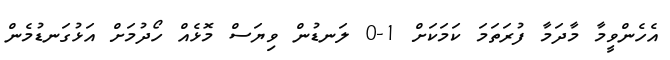
އެހެންވީމާ މާދަމާ ފުރަތަމަ ކަމަކަށް 1-0 ލަނޑުން ވިޔަސް މޮޅެއް ހޯދުމަށް އަޅުގަނޑުމެން